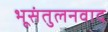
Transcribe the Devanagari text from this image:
भूसंतुलनवाद